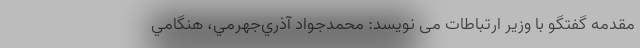
مقدمه گفتگو با وزیر ارتباطات می نویسد: محمدجواد آذري‌جهرمي، هنگامي